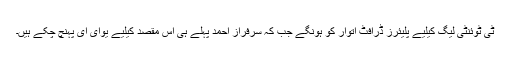
ٹی ٹوئنٹی لیگ کیلیے پلیئرز ڈرافٹ اتوار کو ہونگے جب کہ سرفراز احمد پہلے ہی اس مقصد کیلیے یوای ای پہنچ چکے ہیں۔